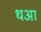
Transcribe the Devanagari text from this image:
थआ